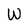
Character: W